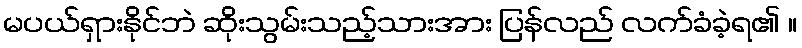
မပယ်ရှားနိုင်ဘဲ ဆိုးသွမ်းသည့်သားအား ပြန်လည် လက်ခံခဲ့ရ၏ ။